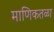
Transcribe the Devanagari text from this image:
माणिकतळा